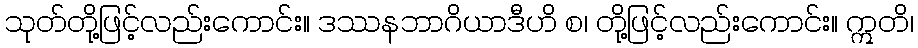
သုတ်တို့ဖြင့်လည်းကောင်း။ ဒဿနဘာဂိယာဒီဟိ စ၊ တို့ဖြင့်လည်းကောင်း။ ဣတိ၊